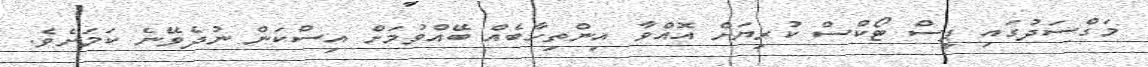
މަގްސަދުގައި ޕީސް ޓޯކްސް ކުރިޔަށް އޮއްވާ އިންތިހާބެއް ބޭއްވުމަށް އިސްކަން ނުދެވޭނެ ކަމަށެވެ.